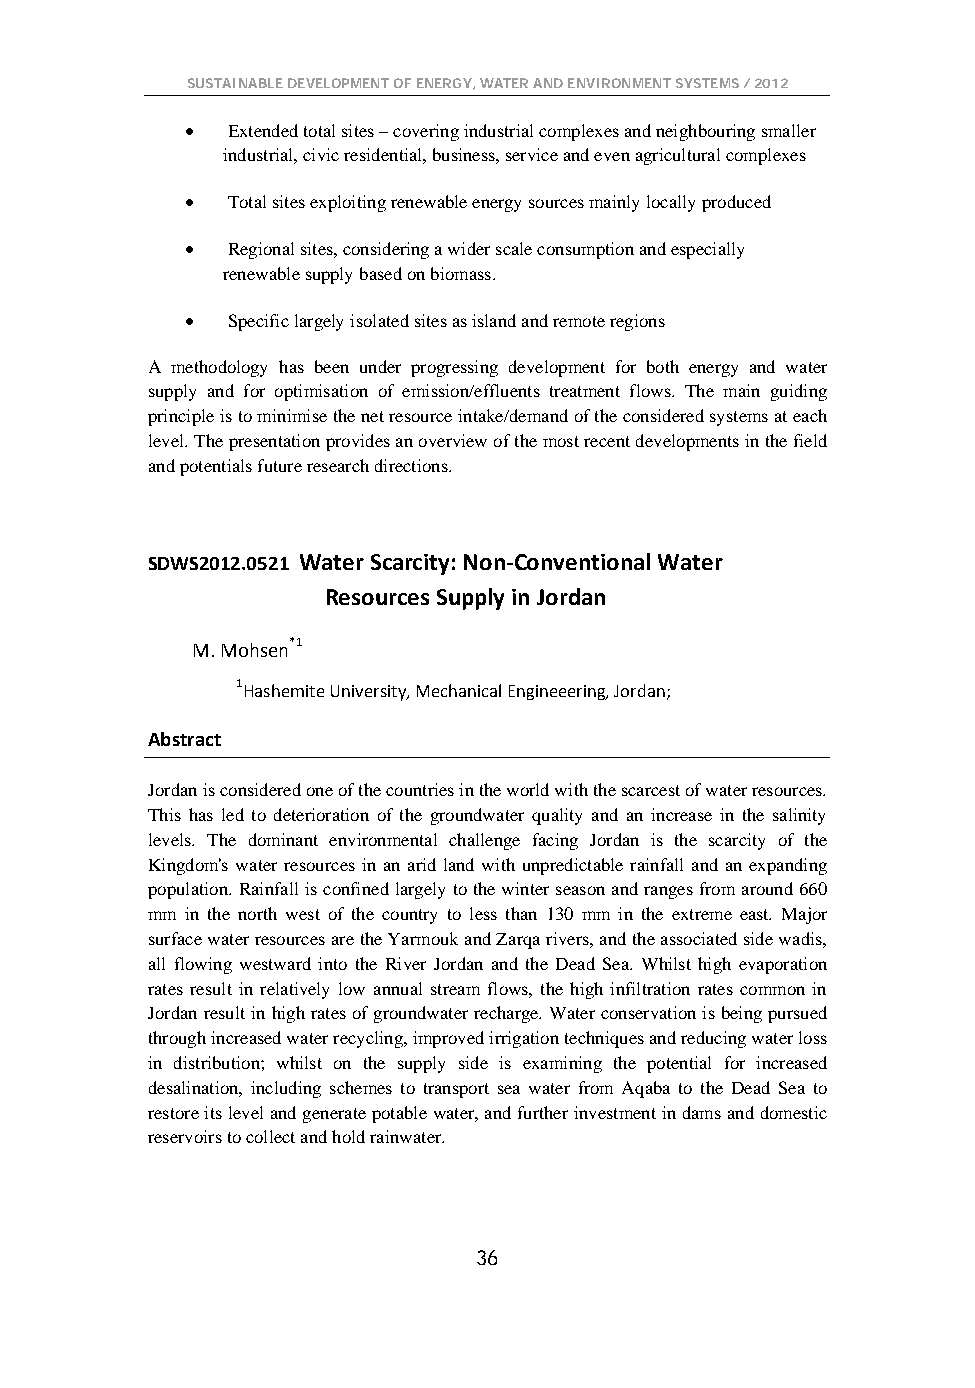
SUSTAINABLE DEVELOPMENT OF ENERGY, WATER AND ENVIRONMENT SYSTEMS / 2012
 •  Extended total sites – covering industrial complexes and neighbouring smaller
 industrial, civic residential, business, service and even agricultural complexes
 •  Total sites exploiting renewable energy sources mainly locally produced
 •  Regional sites, considering a wider scale consumption and especially
 renewable supply based on biomass.
 •  Specific largely isolated sites as island and remote regions
 A methodology has been under progressing development for both energy and water
 supply and for optimisation of emission/effluents treatment flows. The main guiding
 principle is to minimise the net resource intake/demand of the considered systems at each
 level. The presentation provides an overview of the most recent developments in the field
 and potentials future research directions.
 SDWS2012.0521 Water Scarcity: Non-Conventional Water
 Resources Supply in Jordan
 M. Mohsen*1
 1Hashemite University, Mechanical Engineeering, Jordan;
 Abstract
 Jordan is considered one of the countries in the world with the scarcest of water resources.
 This has led to deterioration of the groundwater quality and an increase in the salinity
 levels. The dominant environmental challenge facing Jordan is the scarcity of the
 Kingdom's water resources in an arid land with unpredictable rainfall and an expanding
 population. Rainfall is confined largely to the winter season and ranges from around 660
 mm in the north west of the country to less than 130 mm in the extreme east. Major
 surface water resources are the Yarmouk and Zarqa rivers, and the associated side wadis,
 all flowing westward into the River Jordan and the Dead Sea. Whilst high evaporation
 rates result in relatively low annual stream flows, the high infiltration rates common in
 Jordan result in high rates of groundwater recharge. Water conservation is being pursued
 through increased water recycling, improved irrigation techniques and reducing water loss
 in distribution; whilst on the supply side is examining the potential for increased
 desalination, including schemes to transport sea water from Aqaba to the Dead Sea to
 restore its level and generate potable water, and further investment in dams and domestic
 reservoirs to collect and hold rainwater.
 36